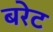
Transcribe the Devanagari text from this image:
बरेट